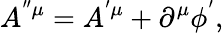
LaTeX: A^{^{\prime\prime}\mu}=A^{^{\prime}\mu}+\partial^{\mu}\phi^{^{\prime}},